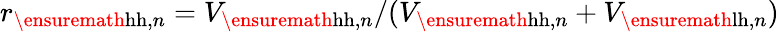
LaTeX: r_{\ensuremath{\mathrm{hh}},n}=V_{\ensuremath{\mathrm{hh}},n}/(V_{\ensuremath{\mathrm{hh}},n}+V_{\ensuremath{\mathrm{lh}},n})